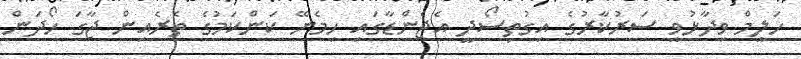
ހަލީމް ވިދާޅުވީ ސަރުކާރުގެ އިގުތިސޯދީ އެޖެންޑާގައި ހިމެނޭ ކަންކަމުގެ ތެރެއިން ޖާގަ ހޯދަން